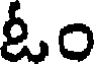
ఓం